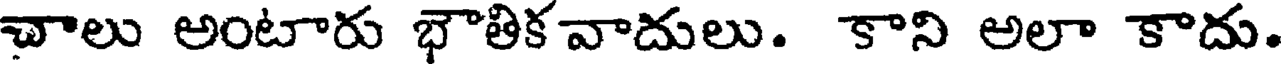
చాలు అంటారు భౌతికవాదులు. కాని అలా కాదు.